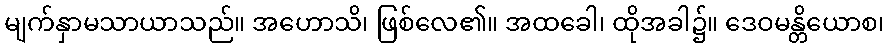
မျက်နှာမသာယာသည်။ အဟောသိ၊ ဖြစ်လေ၏။ အထခေါ၊ ထိုအခါ၌။ ဒေဝမန္တိယောစ၊